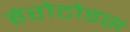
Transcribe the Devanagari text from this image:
हेरोटोडस